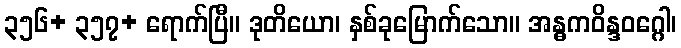
၃၅၆+ ၃၅၇+ ရောက်ပြီ။ ဒုတိယော၊ နှစ်ခုမြောက်သော။ အန္ဓကဝိန္ဒဝဂ္ဂေါ၊